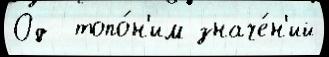
Од  топо́н'им значе́н'ий